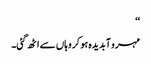
‘‘
مہرو آبدیدہ ہو کر وہاں سے اٹھ گئی۔